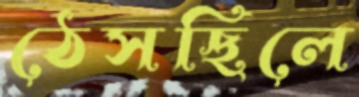
ঠেসছিলে